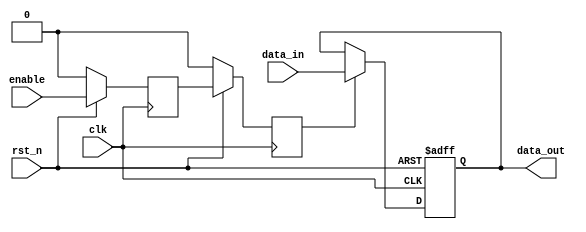
module mux_sync #(
parameter DSIZE = 32
)
(
    input                   clk,
    input                   rst_n,
    input       [DSIZE-1:0] data_in,
    input                   enable,
    output      [DSIZE-1:0] data_out
);

reg [DSIZE-1:0] data_sync;
reg en1,en2;

//Control Path
always @ (posedge clk)
    if (~rst_n) begin
        en1 <= 1'b0;
        en2 <= 1'b0;
    end
    else begin
        en1 <= enable;
        en2 <= en1;
    end

//DataPath
always @ (posedge clk, negedge rst_n)
    if (~rst_n)
        data_sync <= {DSIZE{1'b0}};
    else if (en2)
        data_sync <= data_in;

assign data_out = data_sync;
endmodule